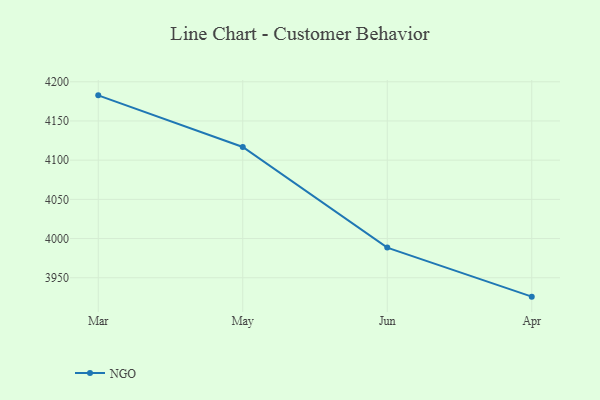
{"axis": {"x": "Month", "y": "LTV (USD)"}, "legend": ["NGO"], "data": [{"x": "Mar", "y": 4182.7, "type": "NGO"}, {"x": "May", "y": 4116.8, "type": "NGO"}, {"x": "Jun", "y": 3988.5, "type": "NGO"}, {"x": "Apr", "y": 3925.9, "type": "NGO"}]}